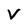
Character: V